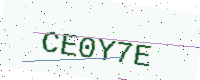
Text: CE0Y7E